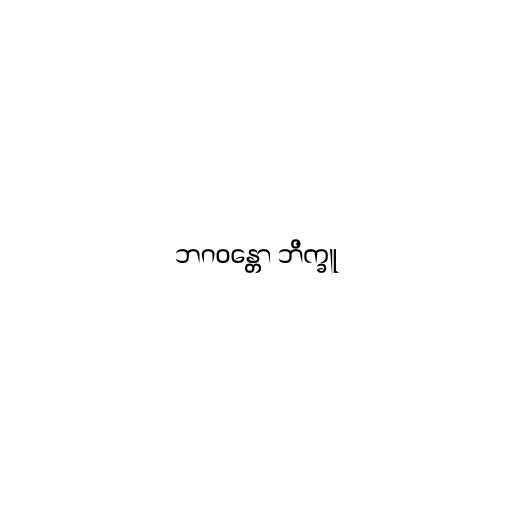
ဘဂဝန္တော ဘိက္ခူ